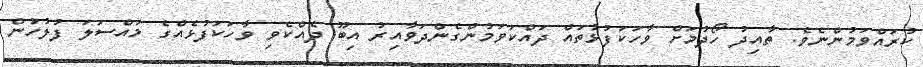
ކުރައްވަމުންނެވެ. ތާއިދު ހޯދުމަށް ވާހަކަފުޅުތައް ދައްކަވަމުންގެންދަވާއިރު އިބޫ ދެއްކެވި ވާހަކަފުޅެއްގެ މައްސަލަ ފުލުހުން